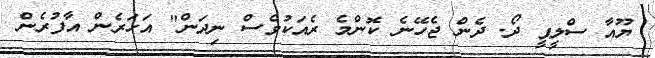
ޔޫއާ ސްލީޕީ ދޯ. ދެން ޖެހޭނެ ކޮންމެ ރެއަކުވެސް ނިދަން" އަހަރެން އާފުރެން